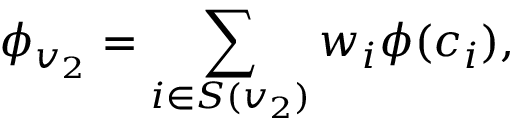
\phi _ { v _ { 2 } } = \sum _ { i \in S ( v _ { 2 } ) } w _ { i } \phi ( c _ { i } ) ,